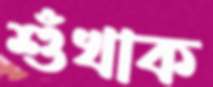
শুঁখাক